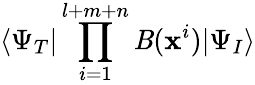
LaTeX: \langle\Psi_{T}|\prod_{i=1}^{l+m+n}\mathit{B}({\mathbf{x}}^{i})|\Psi_{I}\rangle